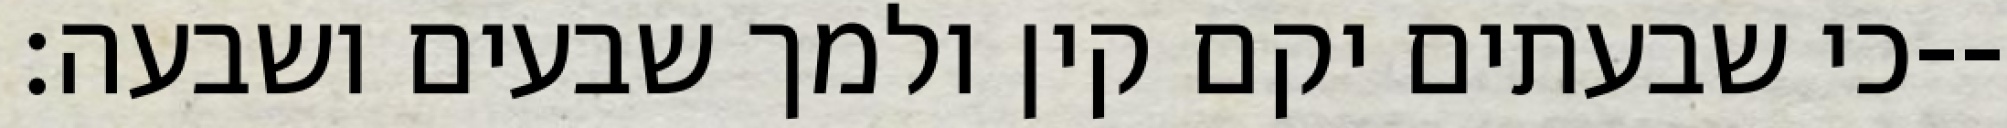
כי שבעתים יקם קין ולמך שבעים ושבעה׃--